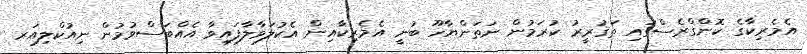
އެމެރިކާގެ ކޮންގްރެސްގައި ތަޤުރީރު ކުރަމުން ނަތަންޔާހޫ ބުނީ އެމެރިކާއިން އެކުލަވާލާފައިވާ އެއްބަސްވުމުން ނިއުކްލިއަރ